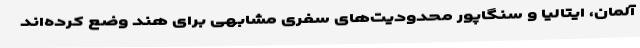
آلمان، ایتالیا و سنگاپور محدودیت‌های سفری مشابهی برای هند وضع کرده‌اند